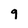
Character: 9